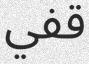
قفي